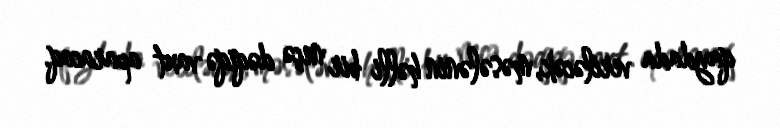
qaydada veriləcək, məsələnin həlli bir neçə dəqiqə vaxt aparacaq.